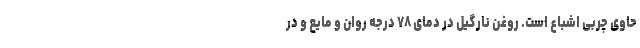
حاوی چربی اشباع است. روغن نارگیل در دمای ۷۸ درجه روان و مایع و در